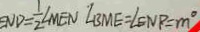
E N D = \frac { 1 } { 2 } \angle M E N \angle B M E = \angle E N P = m ^ { \circ }